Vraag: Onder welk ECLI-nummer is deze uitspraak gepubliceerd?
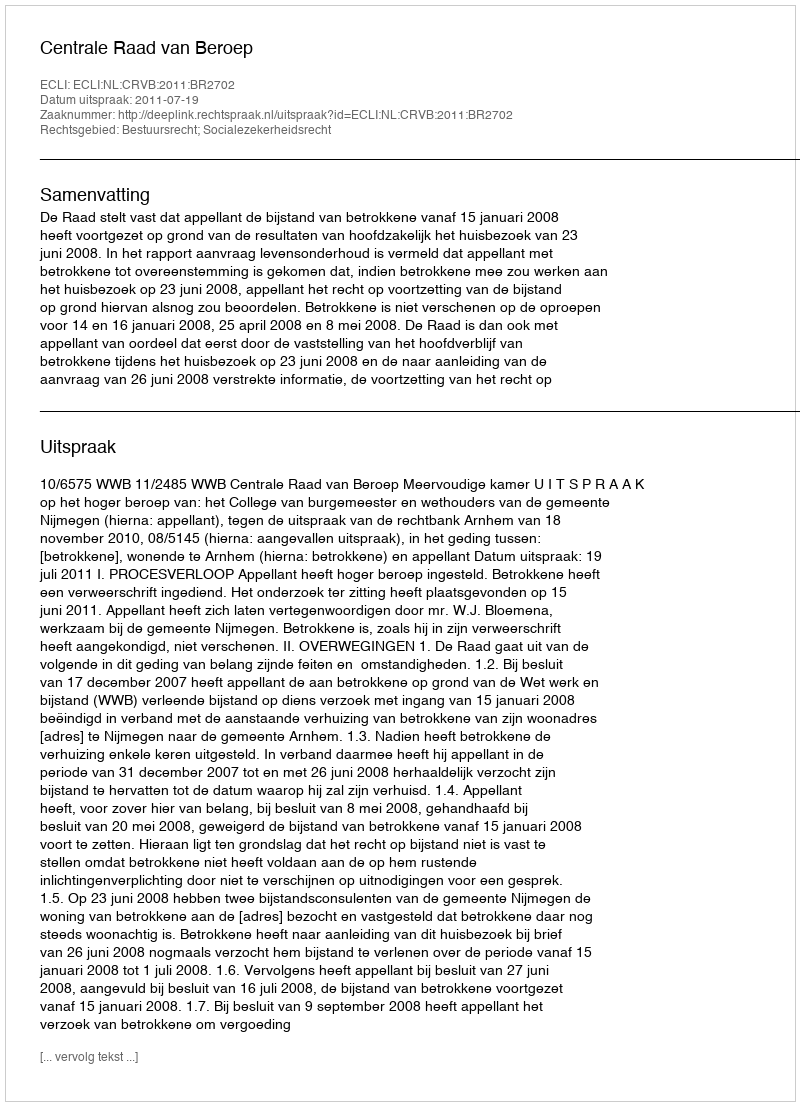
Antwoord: ECLI:NL:CRVB:2011:BR2702